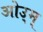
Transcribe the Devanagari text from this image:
ओउ्म्